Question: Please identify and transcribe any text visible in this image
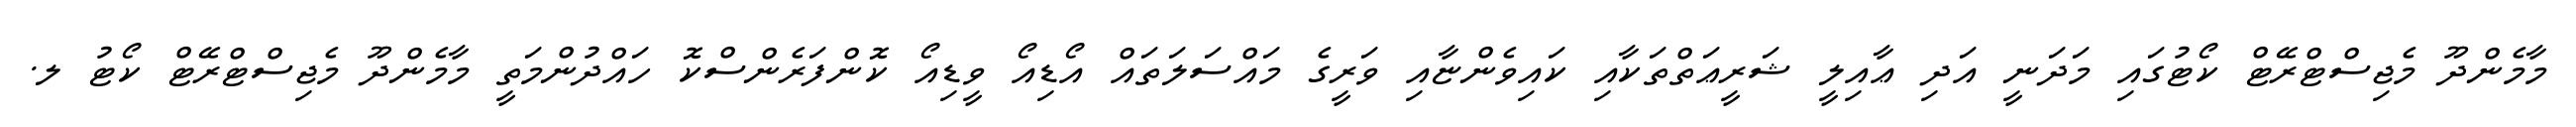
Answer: މާމެންދޫ މެޖިސްޓްރޭޓް ކޯޓުގައި މަދަނީ އަދި ޢާއިލީ ޝަރީޢަތްތަކާއި ކައިވެންޏާއި ވަރީގެ މައްސަލަތައް އޯޑިއޯ ވީޑިއޯ ކޮންފަރެންސްކޮ ހައްދުންމަތީ މާމެންދޫ މެޖިސްޓްރޭޓް ކޯޓު ލ.